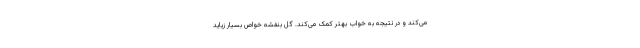
می‌کند و در نتیجه به خواب بهتر کمک می‌کند. گل بنفشه خواص بسیار زیاید